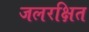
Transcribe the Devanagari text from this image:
जलरक्षित